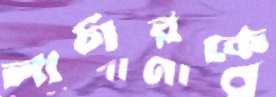
লার্চারকে